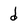
Character: d